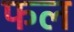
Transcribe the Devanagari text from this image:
फल